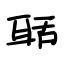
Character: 聒